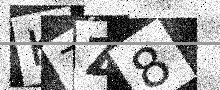
Text: K7Z8